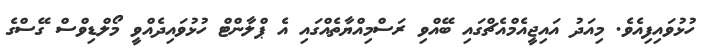
ހުޅުވައިފިއެވެ. މިއަދު އައިޖީއެމްއެޗްގައި ބޭއްވި ރަސްމިއްޔާތެއްގައި އެ ޕްލާންޓް ހުޅުވައިދެއްވީ މޯލްޑިވްސް ގޭސްގެ